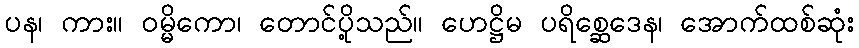
ပန၊ ကား။ ဝမ္မိကော၊ တောင်ပို့သည်။ ဟေဋ္ဌိမ ပရိစ္ဆေဒေန၊ အောက်ထစ်ဆုံး